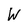
Character: W